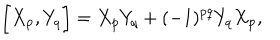
\biggl [ X _ { p } , Y _ { q } \biggr ] = X _ { p } Y _ { q } + ( - 1 ) ^ { p q } Y _ { q } X _ { p } ,